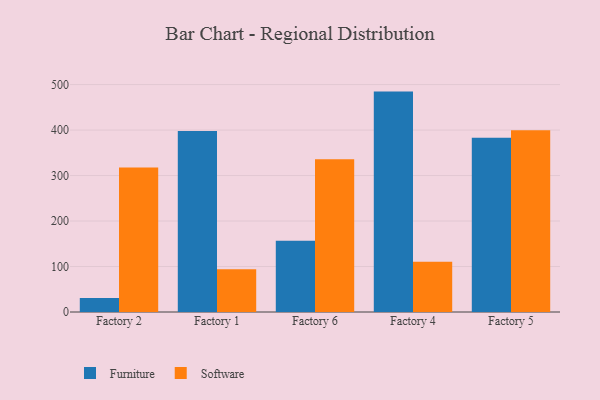
{"axis": {"x": "Factory", "y": "Net Income (USD K)"}, "legend": ["Furniture", "Software"], "data": [{"x": "Factory 2", "y": 30.8, "type": "Furniture"}, {"x": "Factory 2", "y": 317.7, "type": "Software"}, {"x": "Factory 1", "y": 397.7, "type": "Furniture"}, {"x": "Factory 1", "y": 94.2, "type": "Software"}, {"x": "Factory 6", "y": 156.8, "type": "Furniture"}, {"x": "Factory 6", "y": 336.0, "type": "Software"}, {"x": "Factory 4", "y": 484.6, "type": "Furniture"}, {"x": "Factory 4", "y": 110.7, "type": "Software"}, {"x": "Factory 5", "y": 383.0, "type": "Furniture"}, {"x": "Factory 5", "y": 399.6, "type": "Software"}]}